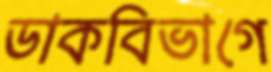
ডাকবিভাগে